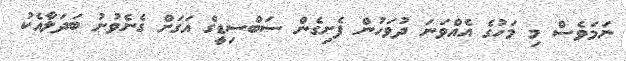
ނަމަވެސް މި މަހުގެ އެއްވަނަ ދުވަހުން ފެށިގެން ސަބްސިޑީގެ އަގަށް ގެނެވުނު ބަދަލާއެކު